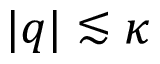
| q | \lesssim \kappa